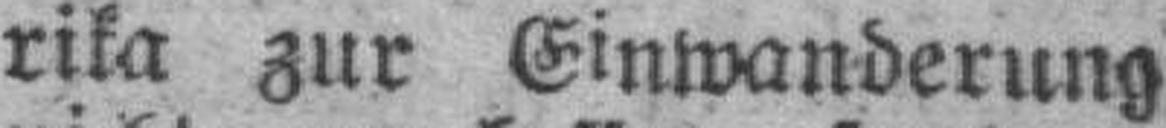
rika zur Einwanderung